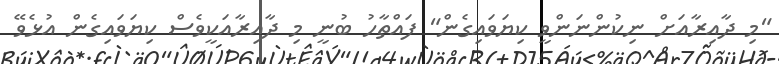
"މި ދާއިރާއަށް ނިކުންނަންވީ ކިޔަވައިގެން" ފައްތާހު ބުނީ މި ދާއިރާއަކީވެސް ކިޔަވައިގެން އުޅެވޭ